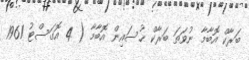
ބަރާކް އޮބާމާ ނުވަތަ ބަރާކް ޙުސައިން އޮބާމާ ( 4 އޮގަސްޓު 1961